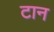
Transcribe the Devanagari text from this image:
टान